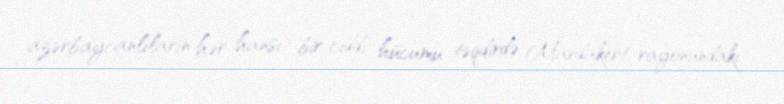
azərbaycanlıların hər hansı bir ciddi hücumu təqdirdə Mardakert rayonundakı